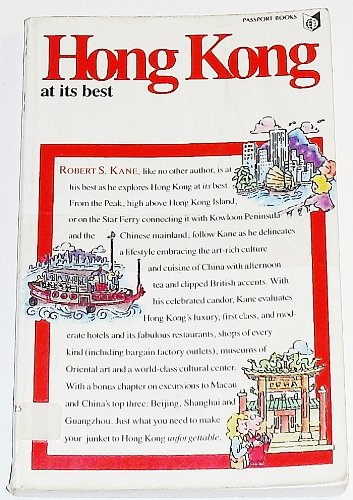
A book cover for Hong Kong at Its Best: With Macau and China's Top Three Cities: Beijing, Shanghai, Guangzhou (Canton (World at Its Best Travel Series); Robert S. Kane; Travel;